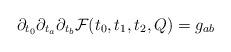
LaTeX: \begin{align*} \partial_{t_0} \partial_{t_a} \partial_{t_b} \mathcal{F}(t_0,t_1,t_2,Q) = g_{ab} \end{align*}